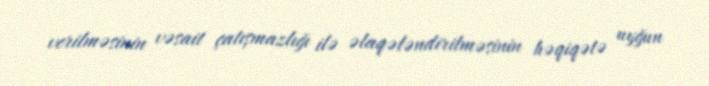
verilməsinin vəsait çatışmazlığı ilə əlaqələndirilməsinin həqiqətə uyğun